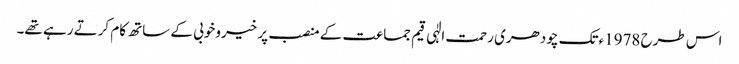
اس طرح 1978ءتک چودھری رحمت الٰہی قیم جماعت کے منصب پر خیروخوبی کے ساتھ کام کرتے رہے تھے۔